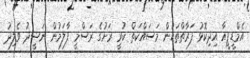
އެމްޑީޕީއާ އިދިކޮޅު ފަރާތްތަކުން މަސައްކަތް ކުރީ ރަށުގެ ރަސްމީ ފާލަމުން ނަޝީދު ވެލިދު